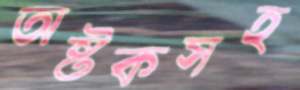
অষ্টকসহ